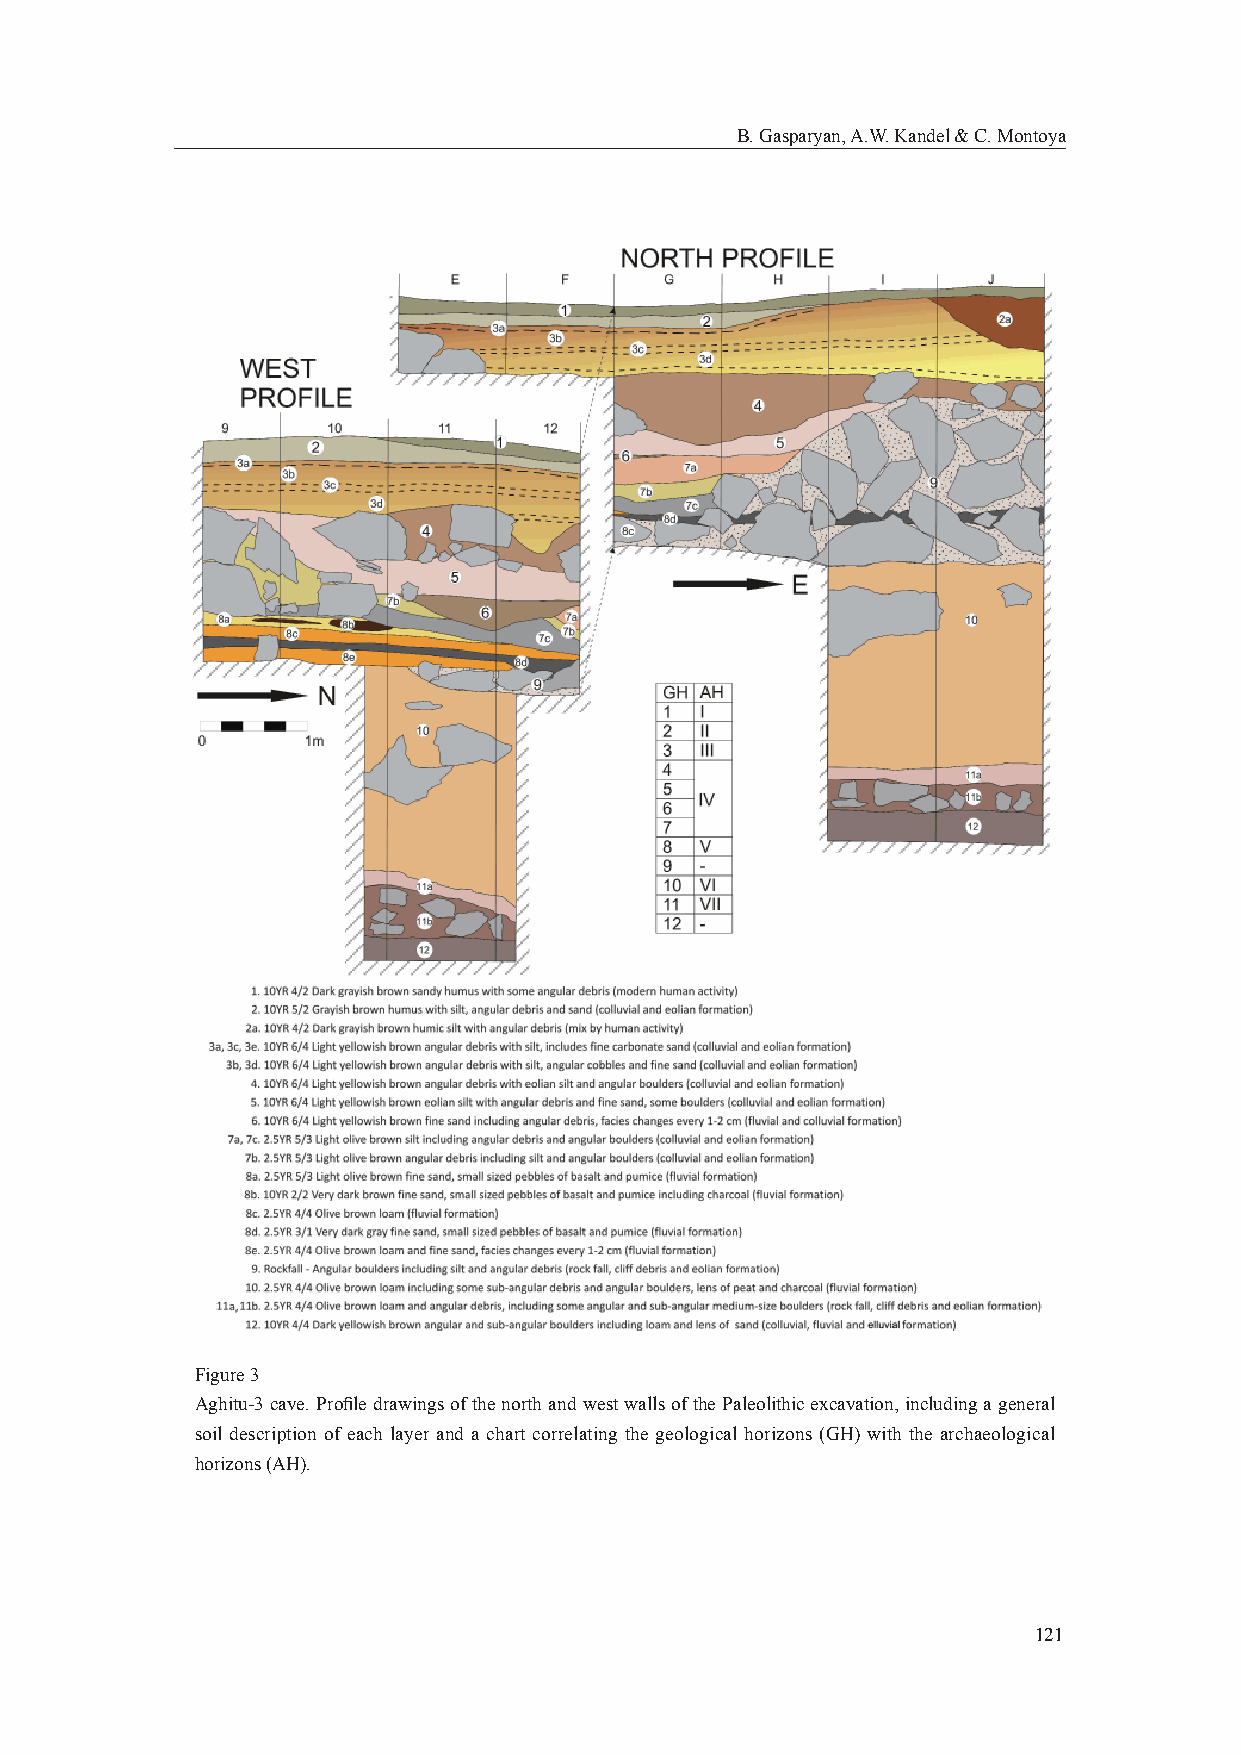
B. Gasparyan, A.W. Kandel & C. Montoya
 Figure 3
 Aghitu-3 cave. Profi le drawings of the north and west walls of the Paleolithic excavation, including a general
 soil description of each layer and a chart correlating the geological horizons (GH) with the archaeological
 horizons (AH).
 121